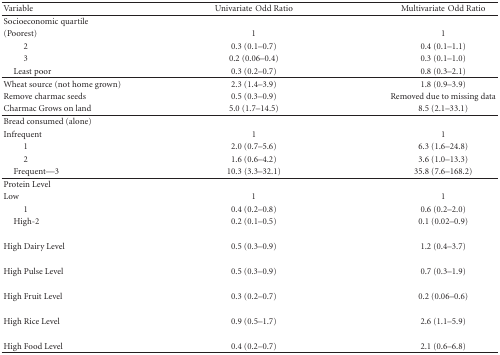
<table><thead><tr><td><b>Variable</b></td><td><b>Univariate Odd Ratio</b></td><td><b>Multivariate Odd Ratio</b></td></tr></thead><tbody><tr><td>Socioeconomic quartile</td><td></td><td></td></tr><tr><td>(Poorest)</td><td>1</td><td>1</td></tr><tr><td>2</td><td>0.3 (0.1–0.7)</td><td>0.4 (0.1–1.1)</td></tr><tr><td>3</td><td>0.2 (0.06–0.4)</td><td>0.3 (0.1–1.0)</td></tr><tr><td> Least poor</td><td>0.3 (0.2–0.7)</td><td>0.8 (0.3–2.1) </td></tr><tr><td>Wheat source (not home grown)</td><td>2.3 (1.4–3.9)</td><td>1.8 (0.9–3.9)</td></tr><tr><td>Remove charmac seeds</td><td>0.5 (0.3–0.9)</td><td>Removed due to missing data</td></tr><tr><td>Charmac Grows on land</td><td>5.0 (1.7–14.5)</td><td>8.5 (2.1–33.1) </td></tr><tr><td>Bread consumed (alone)</td><td></td><td></td></tr><tr><td> Infrequent</td><td>1</td><td>1</td></tr><tr><td>1</td><td>2.0 (0.7–5.6)</td><td>6.3 (1.6–24.8)</td></tr><tr><td>2</td><td>1.6 (0.6–4.2)</td><td>3.6 (1.0–13.3)</td></tr><tr><td> Frequent—3</td><td>10.3 (3.3–32.1)</td><td>35.8 (7.6–168.2) </td></tr><tr><td>Protein Level</td><td></td><td></td></tr><tr><td>Low</td><td>1</td><td>1</td></tr><tr><td>1</td><td>0.4 (0.2–0.8)</td><td>0.6 (0.2–2.0)</td></tr><tr><td> High-2</td><td>0.2 (0.1–0.5)</td><td>0.1 (0.02–0.9)</td></tr><tr><td>High Dairy Level</td><td>0.5 (0.3–0.9)</td><td>1.2 (0.4–3.7)</td></tr><tr><td>High Pulse Level</td><td>0.5 (0.3–0.9)</td><td>0.7 (0.3–1.9)</td></tr><tr><td>High Fruit Level</td><td>0.3 (0.2–0.7)</td><td>0.2 (0.06–0.6)</td></tr><tr><td>High Rice Level</td><td>0.9 (0.5–1.7)</td><td>2.6 (1.1–5.9)</td></tr><tr><td>High Food Level</td><td>0.4 (0.2–0.7)</td><td>2.1 (0.6–6.8)</td></tr></tbody></table>